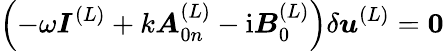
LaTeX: \left(-\omega\boldsymbol{I}^{(L)}+k\boldsymbol{A}_{0n}^{(L)}-{\mathrm{i}}\boldsymbol{B}_{0}^{(L)}\right)\delta\boldsymbol{u}^{(L)}={\mathbf{0}}